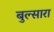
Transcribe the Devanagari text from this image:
बुल्सारा